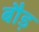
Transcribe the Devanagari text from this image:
बौड़